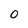
Character: O